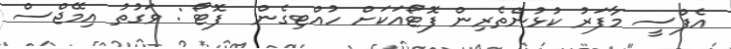
އެފްސީ މާފަރު ކުޅުންތެރިން ފޮޓޯއަކަށް ހުއްޓިގެން  ފޮޓޯ : ވަގުތު އިމޭޖްސް